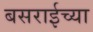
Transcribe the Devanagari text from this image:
बसराईच्या